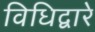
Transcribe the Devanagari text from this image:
विधिद्वारे